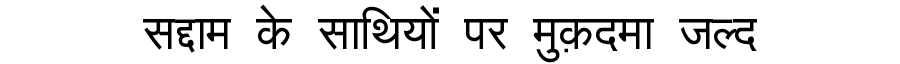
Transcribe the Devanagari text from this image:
सद्दाम के साथियों पर मुक़दमा जल्द